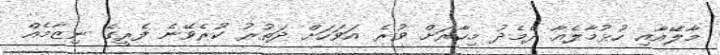
މާލޭއާއި ހުޅުމާލެއާ ދެމެދު މިހާރަށް ވުރެ އަވަހަށް ދަތުރު ކުރެވޭނެ ފެރީގެ ނިޒާމެއް